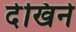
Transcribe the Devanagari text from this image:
देखिने